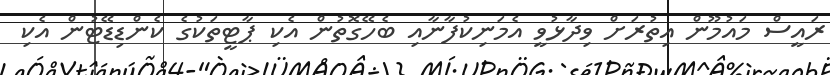
ރައީސް މައުމޫން އިތުރަށް ވިދާޅުވީ އެމަނިކުފާނާއި ބެހޭގޮތުން އެކި ޕާޓީތަކުގެ ކެންޑިޑޭޓުން އެކި